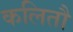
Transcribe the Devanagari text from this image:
कलितौ